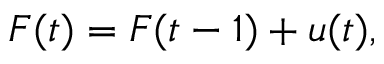
F ( t ) = F ( t - 1 ) + u ( t ) ,